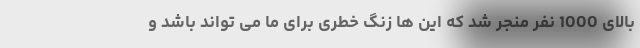
بالای 1000 نفر منجر شد که این ها زنگ خطری برای ما می تواند باشد و